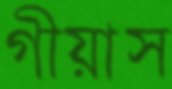
গীয়াস